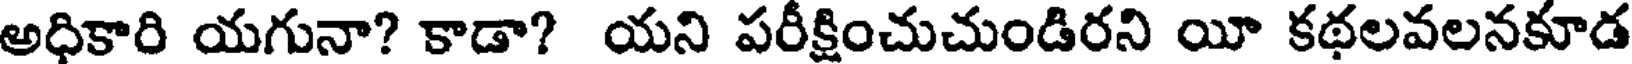
అధికారి యగునా? కాడా? యని పరీక్షించుచుండిరని యీ కథలవలనకూడ